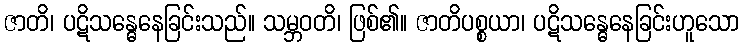
ဇာတိ၊ ပဋိသန္ဓေနေခြင်းသည်။ သမ္ဘဝတိ၊ ဖြစ်၏။ ဇာတိပစ္စယာ၊ ပဋိသန္ဓေနေခြင်းဟူသော